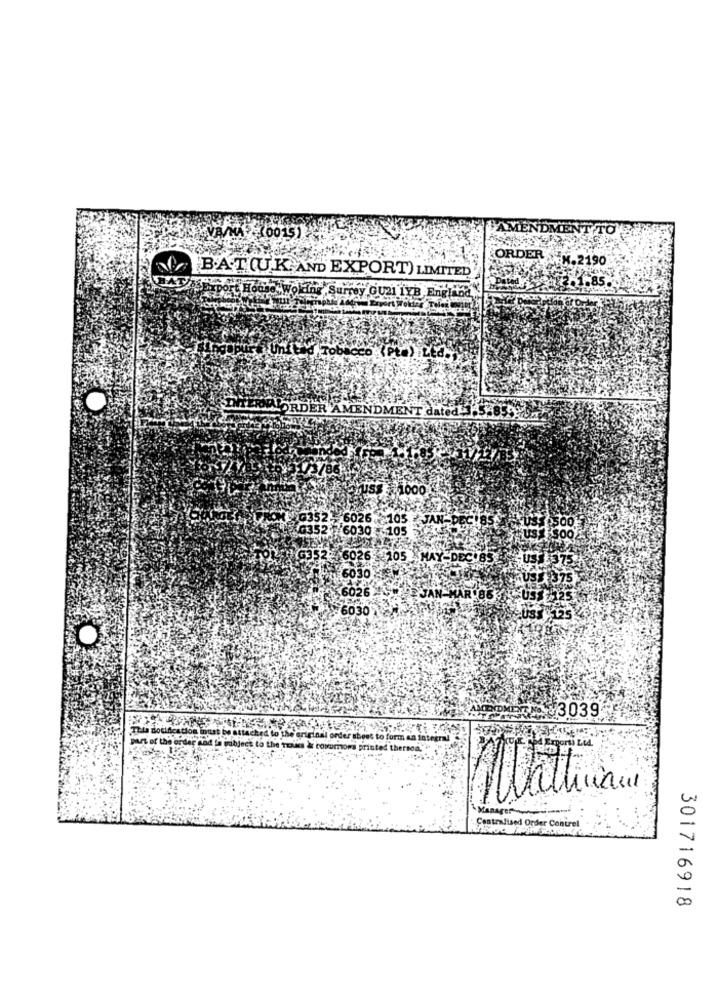
UVA/MA (00151
ORDER
190
"BAT(UK AND EXPORT) LIMITED
by GU21 1YB EnEl
port Broking
United Tobacco (Pta) .LEd.
MORDER AMENDMENT dated'
US$ 21000
6026.105 JAN
6030 -105
Hus
6026 -105
6030
56026
603
ET13039
This dotification must be attach
Art of the or
forma
thereod
Mathias
Manager
Centralised Order Contrel
301716918